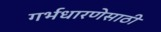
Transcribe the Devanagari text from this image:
गर्भधारणेसाठी